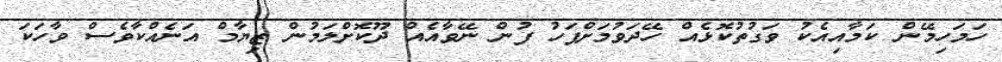
ހަމަހިމޭން ކަމާއިއެކު ވަގުތުކޮޅެއް ހޭދަވުމަށްފަހު ފުން ނޭވާއެއް ދޫކޮށްލަމުން ޒިޔާމް އަނެއްކާވެސް ވާހަކަ